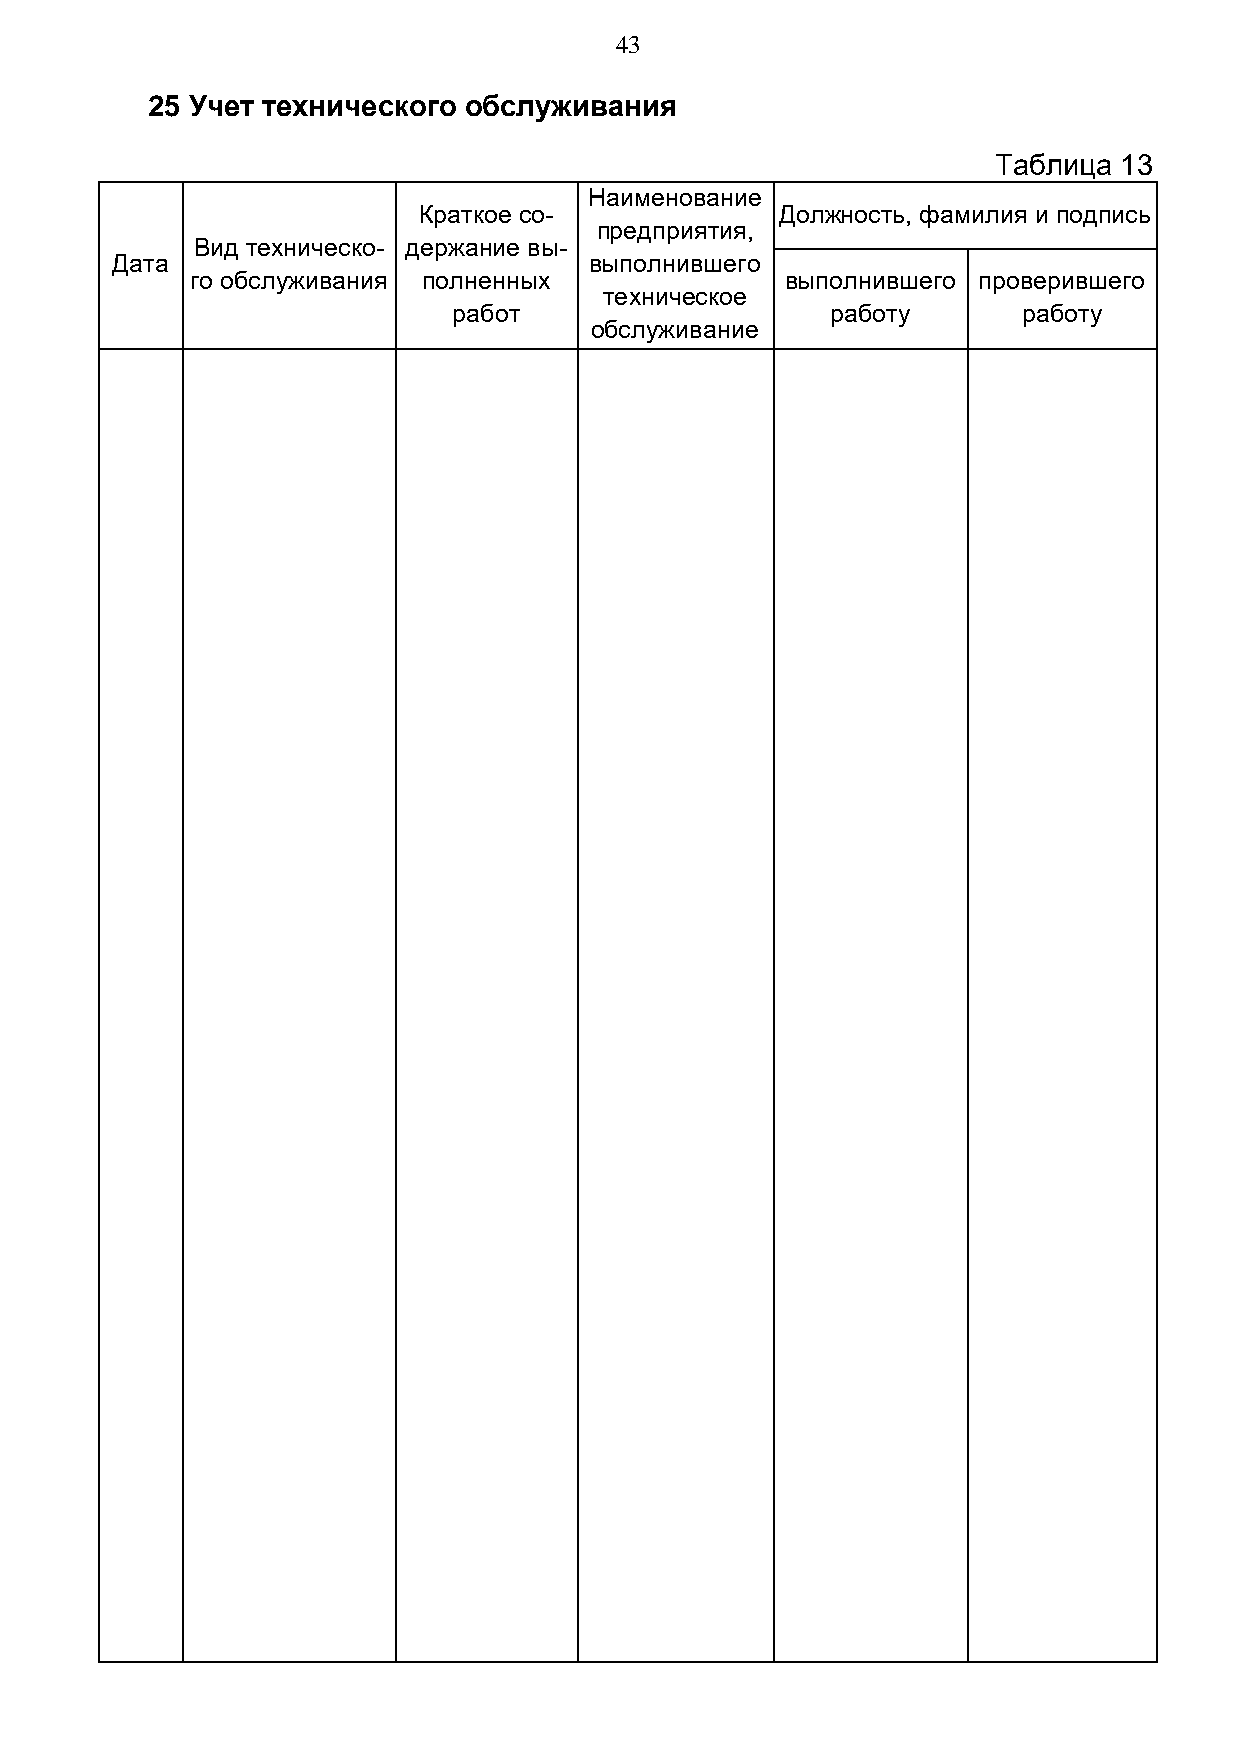
43
 25 Учет технического обслуживания
 Таблица 13
 Наименование
 Краткое со-             Должность, фамилия и подпись
 предприятия,
 Вид техническо- держание вы-
 Дата                            выполнившего
 го обслуживания полненных              выполнившего проверившего
 техническое
 работ                    работу       работу
 обслуживание